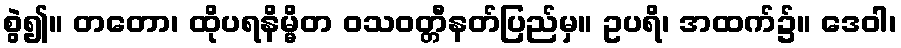
စွဲ၍။ တတော၊ ထိုပရနိမ္မိတ ဝသဝတ္တီနတ်ပြည်မှ။ ဥပရိ၊ အထက်၌။ ဒေဝါ၊